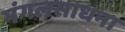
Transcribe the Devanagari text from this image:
मंगलसाधना